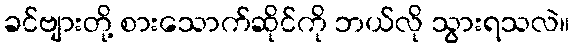
ခင်ဗျားတို့ စားသောက်ဆိုင်ကို ဘယ်လို သွားရသလဲ။